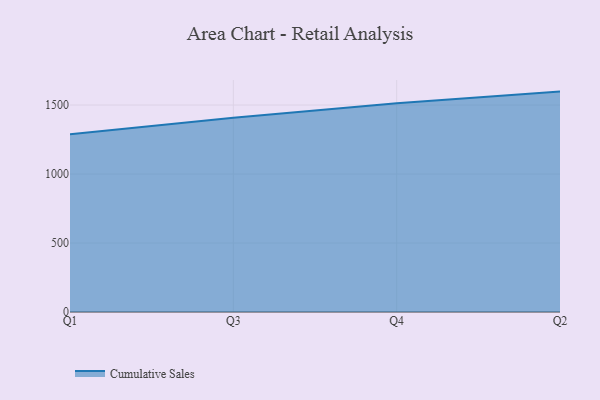
{"axis": {"x": "Quarter", "y": "Inventory Turnover"}, "legend": ["Cumulative Sales"], "data": [{"x": "Q1", "y": 1289.1, "type": "Cumulative Sales"}, {"x": "Q3", "y": 1407.2, "type": "Cumulative Sales"}, {"x": "Q4", "y": 1512.7, "type": "Cumulative Sales"}, {"x": "Q2", "y": 1597.4, "type": "Cumulative Sales"}]}